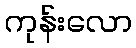
ကုန်းလော